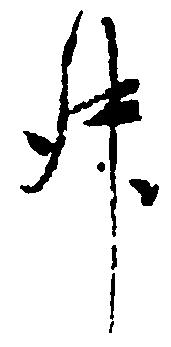
升